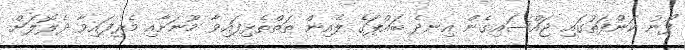
ފޯނު ކަންފަތުގައި ޖައްސައިގެން އިނދެ ބައްޕަގެ ލެއިން ތަތްތެޅިފައިވާ މޫނަށާއި މެރިފައިވާ ދެލޮލަށް